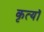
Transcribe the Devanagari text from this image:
कृत्यॉ